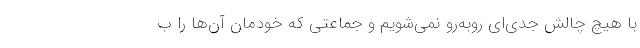
با هیچ چالش جدی‌ای روبه‌رو نمی‌شویم و جماعتی که خودمان آن‌ها را ب